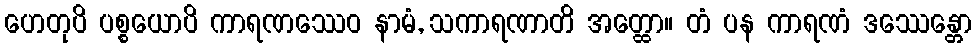
ဟေတုပိ ပစ္စယောပိ ကာရဏဿေဝ နာမံ, သကာရဏာတိ အတ္ထော။ တံ ပန ကာရဏံ ဒဿေန္တော